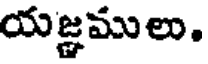
యజ్ఞములు.